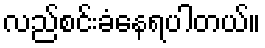
လည်စင်းခံနေရပါတယ်။